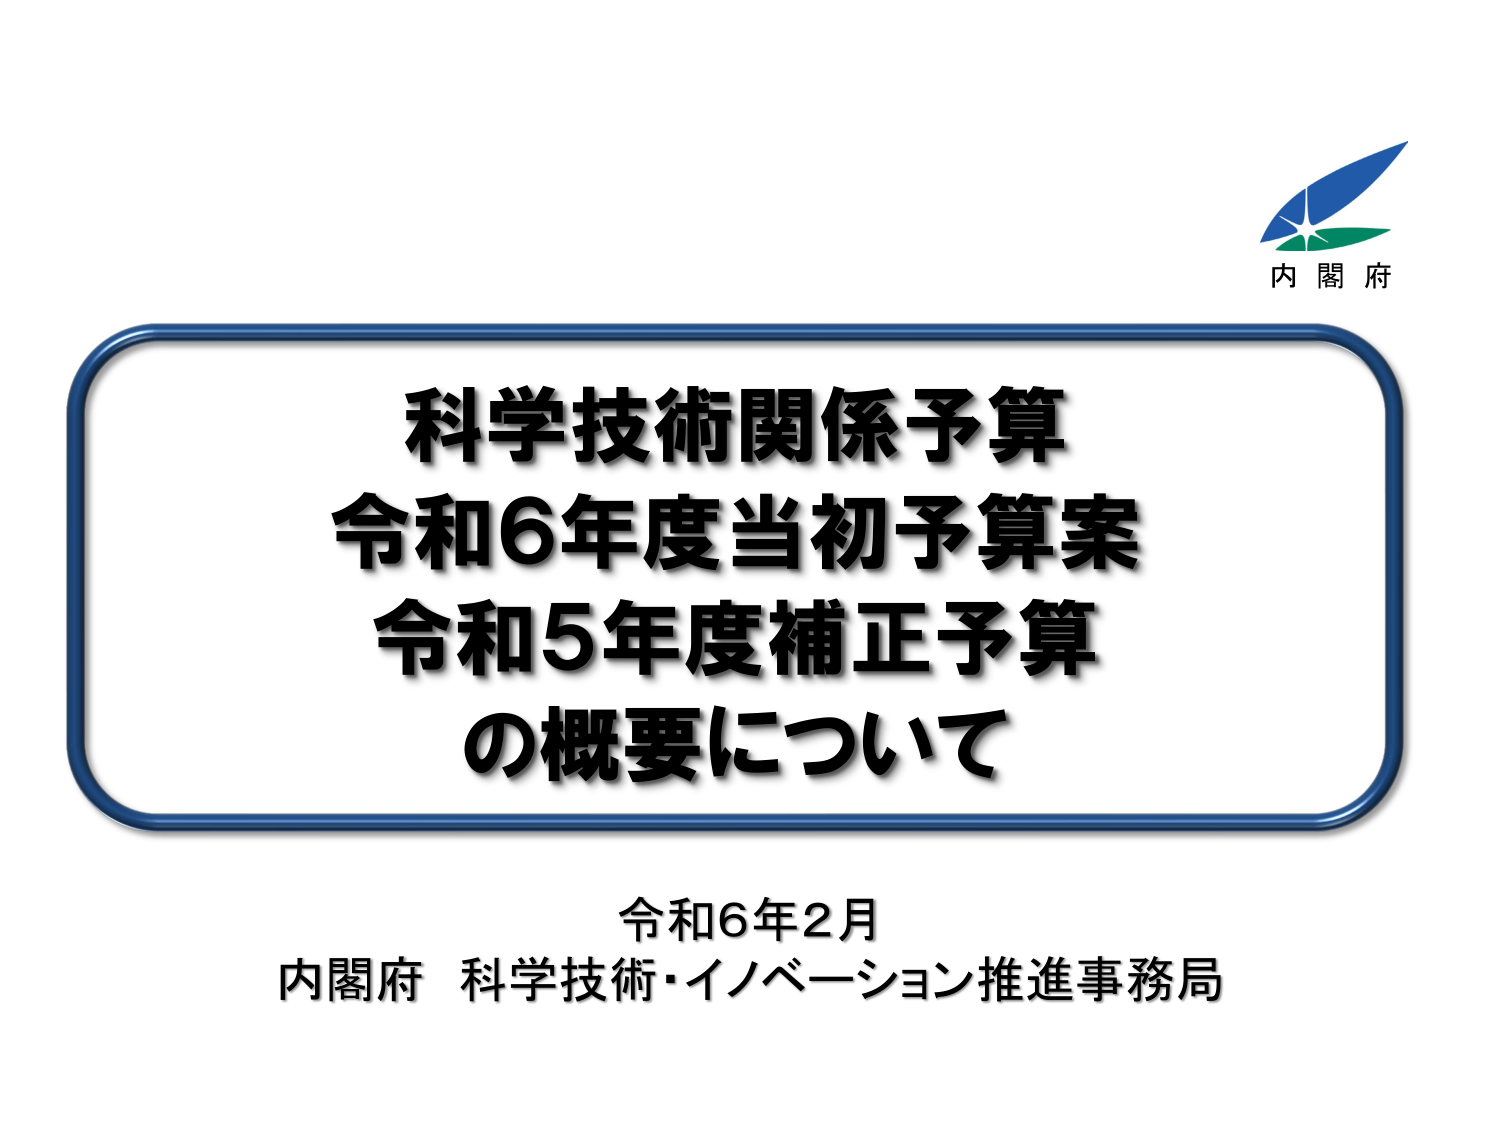
内閣府
科学技術関係予算
令和6年度当初予算案
令和5年度補正予算
の概要について
令和6年2月
内閣府 科学技術・イノベーション推進事務局